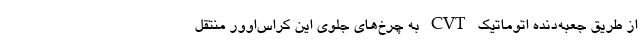
از طریق جعبه‌دنده اتوماتیک CVT به چرخ‌های جلوی این کراس‌اوور منتقل